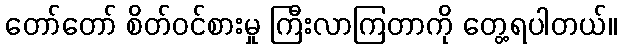
တော်တော် စိတ်ဝင်စားမှု ကြီးလာကြတာကို တွေ့ရပါတယ်။